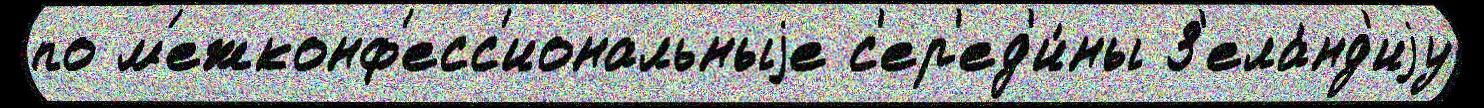
по м'ежконф'есс'иональныjе с'ер'ед'и́ны З'ела́нд'иjу